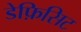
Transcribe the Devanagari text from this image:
डेफ़िसिट